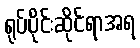
ရုပ်ပိုင်းဆိုင်ရာအရ